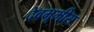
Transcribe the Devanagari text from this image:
देवभूमीस